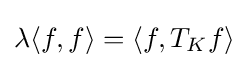
\lambda \langle f,f\rangle =\langle f,T_{K}f\rangle